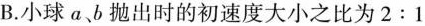
B.小球ab抛出时的初速度大小之比为2:1